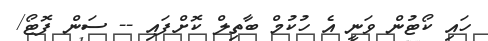
ހައި ކޯޓުން ވަނީ އެ ހުކުމް ބާތިލް ކޮށްފައި -- ސަން ފޮޓޯ/